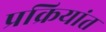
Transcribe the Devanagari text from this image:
प्रक्रियांत